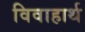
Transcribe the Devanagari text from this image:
विवाहार्थ